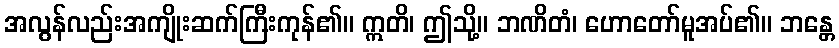
အလွန်လည်းအကျိုးဆက်ကြီးကုန်၏။ ဣတိ၊ ဤသို့။ ဘဏိတံ၊ ဟောတော်မူအပ်၏။ ဘန္တေ